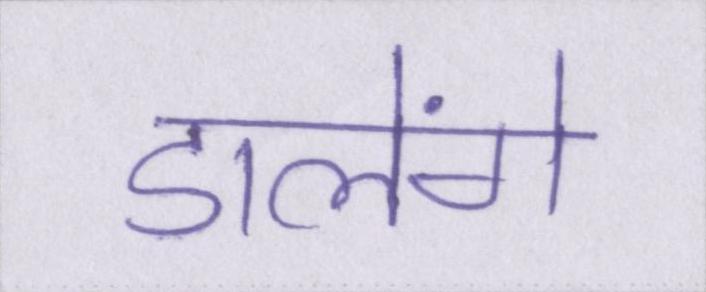
डालेंगे